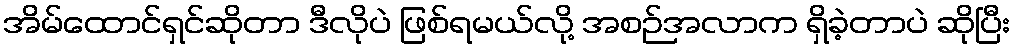
အိမ်ထောင်ရှင်ဆိုတာ ဒီလိုပဲ ဖြစ်ရမယ်လို့ အစဉ်အလာက ရှိခဲ့တာပဲ ဆိုပြီး